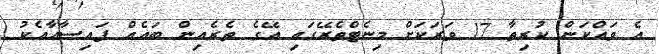
އެ ވައްކަން ކުރިތާ 17 ވަރަކަށް މިނެޓްތެރޭގައި އޭގެ ތެރެއިން ބައެއް ފައިސާއާއެކު